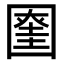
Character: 𡈞